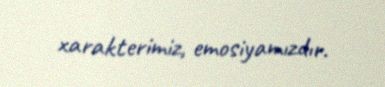
xarakterimiz, emosiyamızdır.